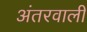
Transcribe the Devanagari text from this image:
अंतरवाली